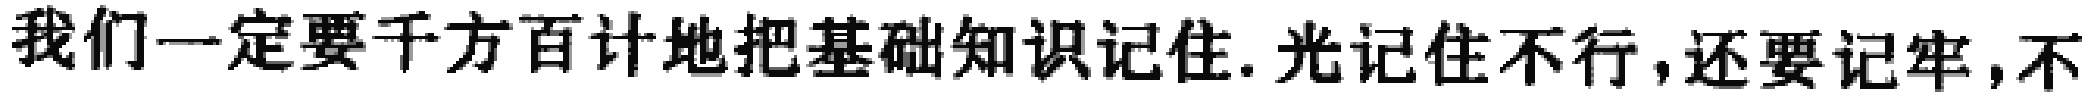
我们一定要千方百计地把基础知识记住.光记住不行,还要记牢,不